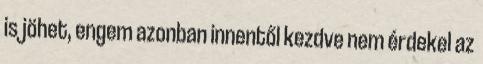
is jöhet, engem azonban innentől kezdve nem érdekel az